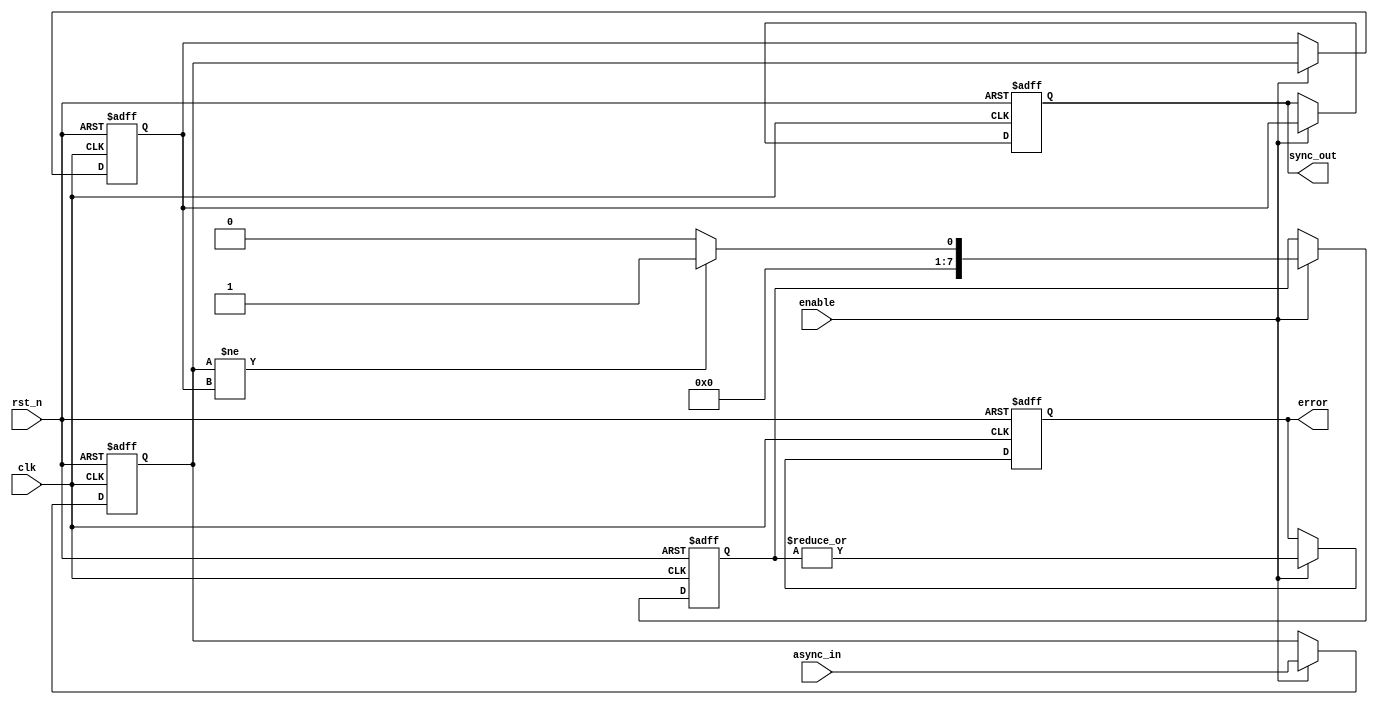
module async_to_sync_converter (
    input wire clk,                // Clock signal from the synchronous domain
    input wire rst_n,              // Active low reset signal
    input wire [N-1:0] async_in,   // Asynchronous input signals
    input wire enable,             // Enable signal for synchronization
    output reg [N-1:0] sync_out,   // Synchronized output signals
    output reg error               // Error signal indicating synchronization issues
);
    parameter N = 8;               // Number of asynchronous input channels
    reg [N-1:0] sync_reg_1;       // First stage of synchronizer
    reg [N-1:0] sync_reg_2;       // Second stage of synchronizer
    reg [N-1:0] metastable_detect; // Metastability detection flags

    always @(posedge clk or negedge rst_n) begin
        if (!rst_n) begin
            sync_reg_1 <= 0;
            sync_reg_2 <= 0;
            sync_out <= 0;
            error <= 0;
            metastable_detect <= 0;
        end else if (enable) begin
            // First stage synchronization
            sync_reg_1 <= async_in;
            
            // Second stage synchronization
            sync_reg_2 <= sync_reg_1;
            sync_out <= sync_reg_2;

            // Check for metastable state
            metastable_detect <= (sync_reg_1 != sync_reg_2) ? 1'b1 : 1'b0;
            error <= |metastable_detect; // If any channel is metastable
        end
    end
endmodule